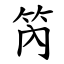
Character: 笍